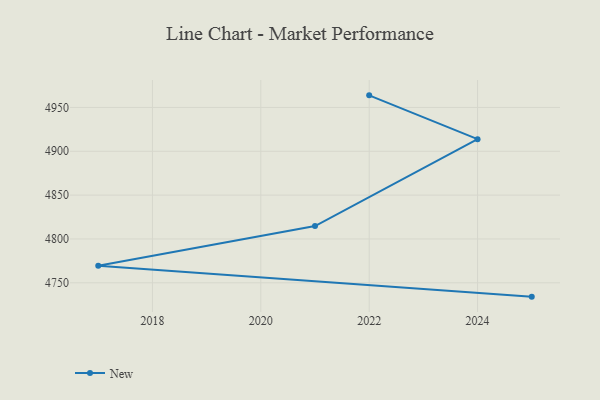
{"axis": {"x": "Year", "y": "Customer Acquisition Cost (USD)"}, "legend": ["New"], "data": [{"x": "2025", "y": 4734.2, "type": "New"}, {"x": "2017", "y": 4769.5, "type": "New"}, {"x": "2021", "y": 4814.7, "type": "New"}, {"x": "2024", "y": 4913.8, "type": "New"}, {"x": "2022", "y": 4963.8, "type": "New"}]}